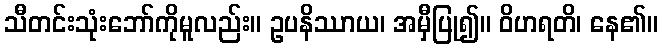
သီတင်းသုံးဘော်ကိုမူလည်း။ ဥပနိဿာယ၊ အမှီပြု၍။ ဝိဟရတိ၊ နေ၏။